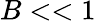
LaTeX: B<<1